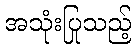
အသုံးပြုသည့်